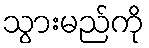
သွားမည်ကို